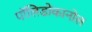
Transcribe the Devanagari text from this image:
पॉलिडोकानोल